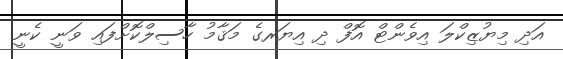
އަދި މިޔުޒިކްލަ އިވެންޓް އޮފް ދި އިޔަރގެ މަޤާމު ހާސިލްކޮށްފައި ވަނީ ކެނީ